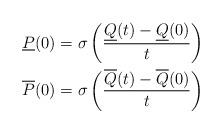
LaTeX: \begin{align*}\underline{P}(0) &=\sigma\left(\frac{\underline{Q}(t)-\underline{Q}(0)}{t}\right)\\\overline{P}(0) &= \sigma\left(\frac{\overline{Q}(t)-\overline{Q}(0)}{t}\right)\end{align*}